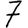
Digit: 7